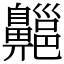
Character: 齆